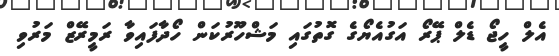
އެލް ހީޖޯ ޑެލް ޕޭރޯ އަގުއެޔޯގެ ގޮތުގައި މަޝްހޫރުކަން ހޯދާފައިވާ ރަމީރޭޒް މަރުވި